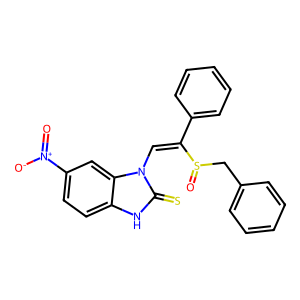
SMILES: O=[N+]([O-])c1ccc2[nH]c(=S)n(C=C(c3ccccc3)S(=O)Cc3ccccc3)c2c1
Inhibits HIV replication: No